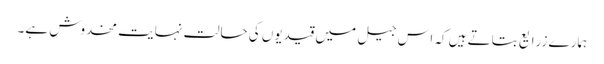
ہمارے زرایع بتاتے ہیں کہ اس جیل میں قیدیوں کی حالت نہایت مخدوش ہے۔